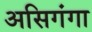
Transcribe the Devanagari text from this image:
असिगंगा